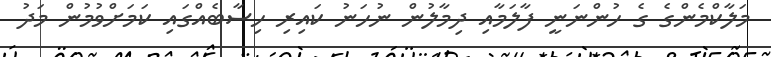
މަލާކްމެންގެ ގެ ހުންނަނީ ފާލަމާއި ދިމާލުން ނުހަނު ކައިރި ހިސާބެއްގައި ކަމަށްވުމުން މަދު